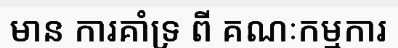
មាន ការគាំទ្រ ពី គណៈកម្មការ